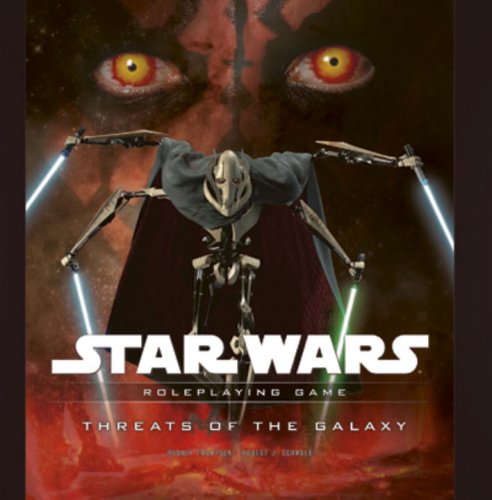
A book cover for Threats of the Galaxy (Star Wars Roleplaying Game); Rodney Thompson; Science Fiction & Fantasy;